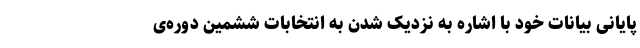
پایانی بیانات خود با اشاره به نزدیک شدن به انتخابات ششمین دوره‌ی